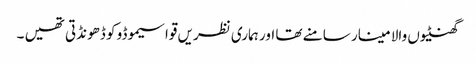
گھنٹیوں والا مینار سامنے تھا اور ہماری نظریں قواسیموڈو کو ڈھونڈتی تھیں ۔